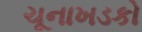
ચૂનાખડકો